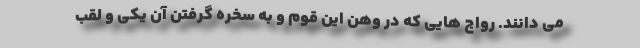
می دانند. رواج هایی که در وهن این قوم و به سخره گرفتن آن یکی و لقب